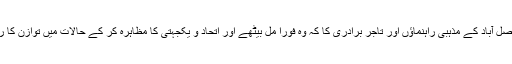
خدا بھلا کرے فیصل آباد کے مذہبی راہنماؤں اور تاجر برادری کا کہ وہ فورًا مل بیٹھے اور اتحاد و یکجہتی کا مظاہرہ کر کے حالات میں توازن کا رخ نمایاں کر دیا۔